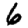
Digit: 6